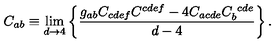
C _ { a b } \equiv \lim _ { d \rightarrow 4 } \left\{ { \frac { g _ { a b } C _ { c d e f } C ^ { c d e f } - 4 C _ { a c d e } C _ { b } ^ { \ c d e } } { d - 4 } } \right\} .